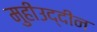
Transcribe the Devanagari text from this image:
मुहीउद्दीन